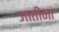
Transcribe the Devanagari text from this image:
जातींनां